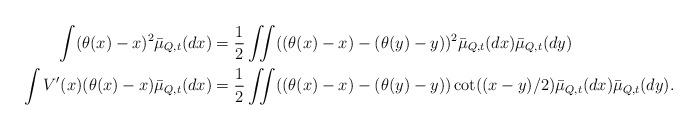
LaTeX: \begin{align*}\int (\theta(x)-x)^{2}\bar{\mu}_{Q,t}(dx) & = \frac{1}{2}\iint((\theta(x)-x)-(\theta(y)-y))^{2}\bar{\mu}_{Q,t}(dx)\bar{\mu}_{Q,t}(dy)\\\int V'(x)(\theta(x)-x)\bar{\mu}_{Q,t}(dx) & =\frac{1}{2}\iint((\theta(x)-x)-(\theta(y)-y))\cot((x-y)/2)\bar{\mu}_{Q,t}(dx)\bar{\mu}_{Q,t}(dy).\end{align*}